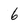
Character: 6